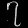
Digit: ၇